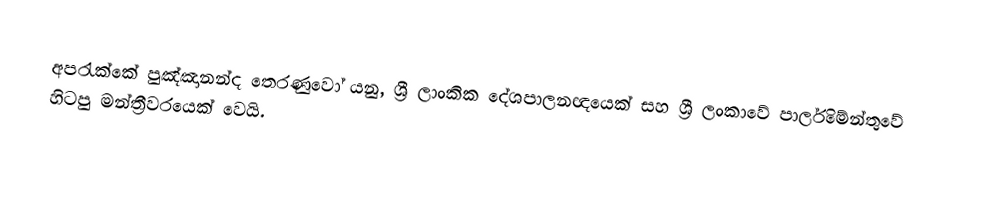
අපරැක්කේ පුඤ්ඤානන්ද තෙරණුවෝ යනු,  ශ්‍රී ලාංකික දේශපාලනඥයෙක් සහ  ශ්‍රී ලංකාවේ පාර්ලිමේන්තුවේ හිටපු මන්ත්‍රීවරයෙක් වෙයි.